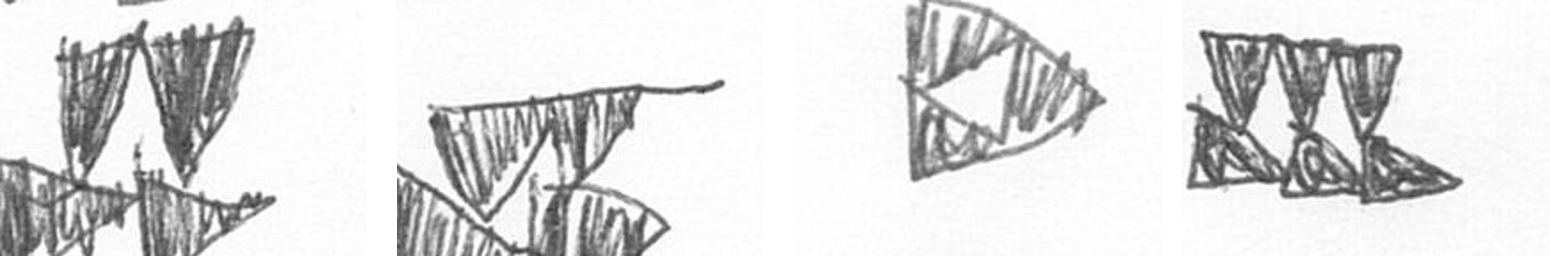
B B K D